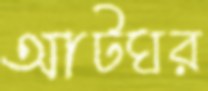
আটঘর